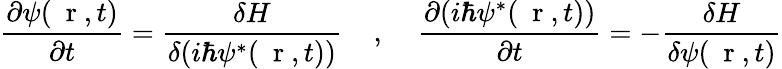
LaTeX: \frac{\partial\psi(\mathrm{~\mathbf~r~},t)}{\partial t}=\frac{\delta H}{\delta(i\hbar\psi^{*}(\mathrm{~\mathbf~r~},t))}\; \; \; \; ,\; \; \; \; \frac{\partial(i\hbar\psi^{*}(\mathrm{~\mathbf~r~},t))}{\partial t}=-\frac{\delta H}{\delta\psi(\mathrm{~\mathbf~r~},t)}